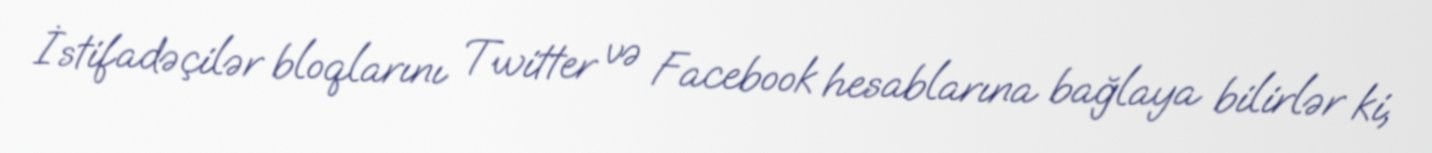
İstifadəçilər bloqlarını Twitter və Facebook hesablarına bağlaya bilirlər ki,